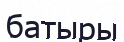
батыры